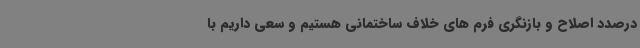
درصدد اصلاح و بازنگری فرم های خلاف ساختمانی هستیم و سعی داریم با